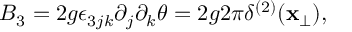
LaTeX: B _ { 3 } = 2 g \epsilon _ { 3 j k } \partial _ { j } \partial _ { k } \theta = 2 g 2 \pi \delta ^ { ( 2 ) } ( { \bf x } _ { \bot } ) ,